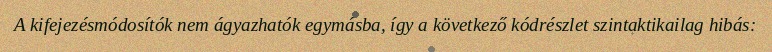
A kifejezésmódosítók nem ágyazhatók egymásba, így a következő kódrészlet szintaktikailag hibás: